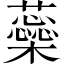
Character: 蘂